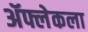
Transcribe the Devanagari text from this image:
ॲफ्लेकला